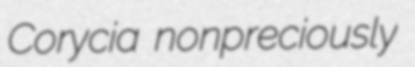
Corycia nonpreciously